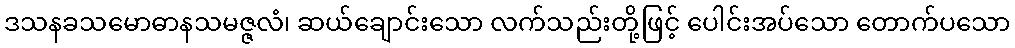
ဒသနခသမောဓာနသမဇ္ဇလံ၊ ဆယ်ချောင်းသော လက်သည်းတို့ဖြင့် ပေါင်းအပ်သော တောက်ပသော